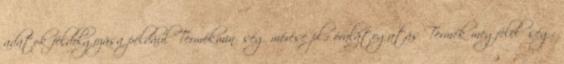
adatok feldolgozása például Termékminőség mérése pl.: óralátogatás Termék megfelelőség: